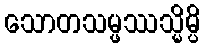
သောတသမ္ဖဿသ္မိမ္ပိ